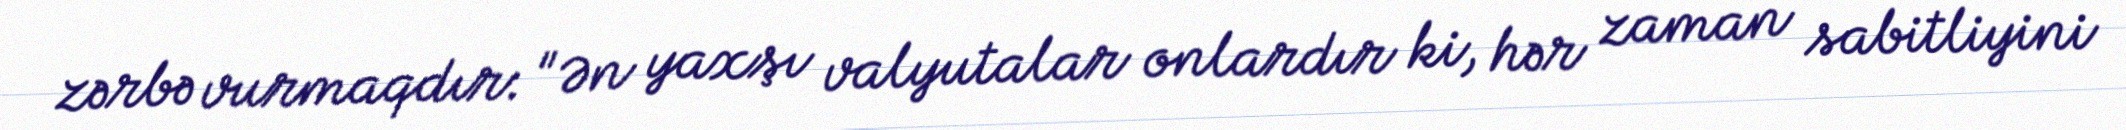
zərbə vurmaqdır: "Ən yaxşı valyutalar onlardır ki, hər zaman sabitliyini